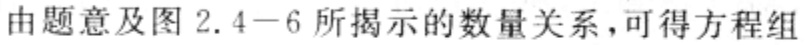
由题意及图 2.4−6 所揭示的数量关系，可得方程组